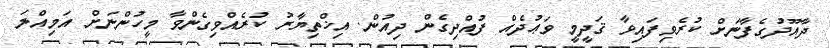
ދާއޫދުގެފާނަށް ކުރެވިފައިވާ ޤަދީމީ ވަޢުދެއް ފުއްދިގެން ދިއުން. އިޚްތިޔާރު ކުރެއްވިގެންވާ މީހުންނަށް އަމިއްލަ